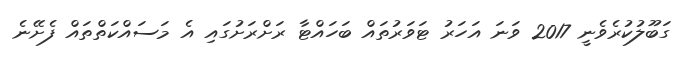
ގަބޫލުކުރެވެނީ 2017 ވަނަ އަހަރު ޓަވަރުތައް ބަހައްޓާ ރަށްރަށުގައި އެ މަސައްކަތްތައް ފެށޭނެ